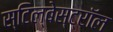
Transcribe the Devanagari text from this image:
स्टिल्बेस्ट्रॉल